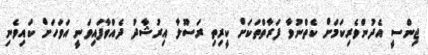
ޖިންސީ އެދުންވެރިކަމަށް ކެތްނުވާ ފަރާތްތަކަށް ކީރިތި ރަސޫލާ އިރުޝާދު ދެއްވާފައިވަނީ އަވަހަށް ކައިވެނި